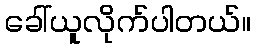
ခေါ်ယူလိုက်ပါတယ်။